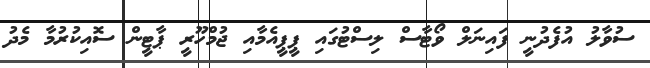
ސުވާލު އުފެދުނީ ފައިނަލް ވޯޓާސް ލިސްޓުގައި ޕީޕީއެމާއި ޖުމްހޫރީ ޕާޓީން ސޮއިކުރުމާ މެދު